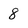
Character: 8